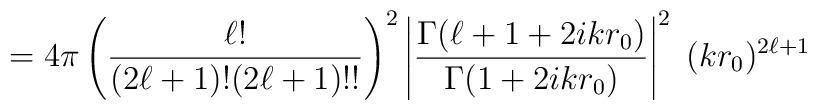
= 4\pi \left( {\ell !\over (2\ell +1)! (2\ell +1)!!} \right)^2\left| {\Gamma (\ell +1 +2ikr_0) \over \Gamma (1 +2ikr_0)} \right|^2\; (kr_0)^{2\ell +1}